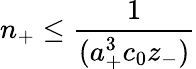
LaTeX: n_{+}\le\frac{1}{(a_{+}^{3}c_{0}z_{-})}